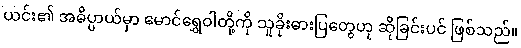
ယင်း၏ အဓိပ္ပာယ်မှာ မောင်ရွှေဝါတို့ကို သူခိုးဓားပြတွေဟု ဆိုခြင်းပင် ဖြစ်သည်။